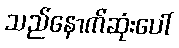
သည်နောက်ဆုံးပေါ်